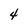
Character: 4